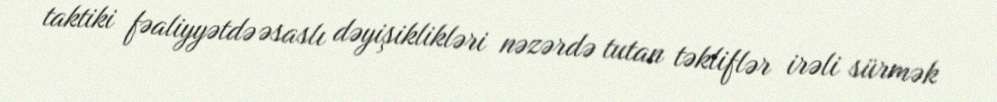
taktiki fəaliyyətdə əsaslı dəyişiklikləri nəzərdə tutan təkliflər irəli sürmək